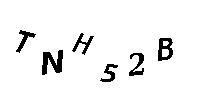
TNH52B